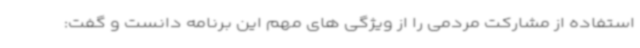
استفاده از مشارکت مردمی را از ویژگی های مهم این برنامه دانست و گفت: